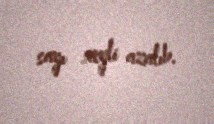
sayı xeyli azalıb.